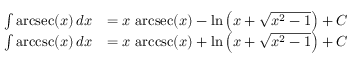
{ \begin{array} { r l } { \int \operatorname { a r c s e c } ( x ) \, d x } & { = x \, \operatorname { a r c s e c } ( x ) - \ln \left( x + { \sqrt { x ^ { 2 } - 1 } } \right) + C } \\ { \int \operatorname { a r c c s c } ( x ) \, d x } & { = x \, \operatorname { a r c c s c } ( x ) + \ln \left( x + { \sqrt { x ^ { 2 } - 1 } } \right) + C } \end{array} }